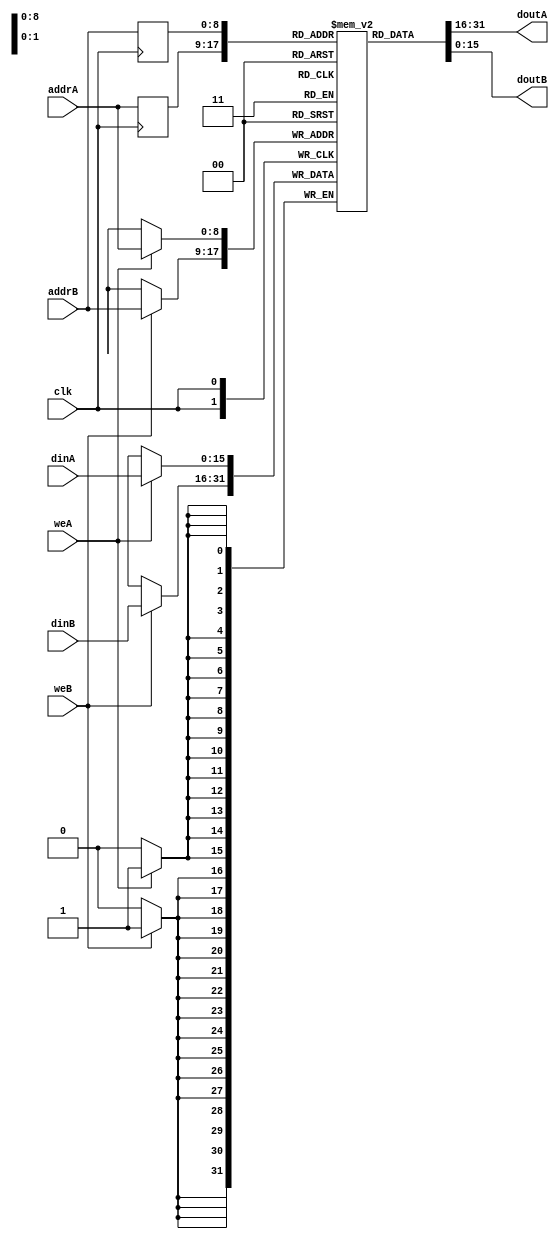
module ram_true_reg_addr_dp_512x16_block (clk, weA, weB, addrA, addrB, dinA, dinB, doutA, doutB);
    input clk, weA, weB;
    input [8:0] addrA, addrB;
    input [15:0] dinA, dinB;
    output [15:0] doutA, doutB;
    
    reg [8:0] reg_addrA, reg_addrB;
    (* ram_style = "block" *)
    reg [15:0] ram [511:0];
    always @(posedge clk)
    begin
        if (weA)
            ram[addrA] <= dinA;
            reg_addrA <= addrA;
        if (weB)
            ram[addrB] <= dinB;
            reg_addrB <= addrB;
    end

    assign doutA = ram[reg_addrA];
    assign doutB = ram[reg_addrB];

endmodule